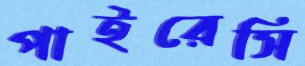
পাইরেসি